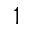
1